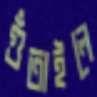
গুঁতাইলে